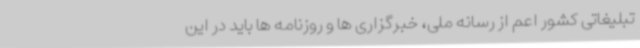
تبلیغاتی کشور اعم از رسانه ملی، خبرگزاری ها و روزنامه ها باید در این